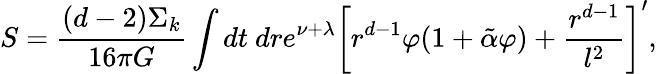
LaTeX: S=\frac{(d-2)\Sigma_{k}}{16\pi G}\int dt\ dre^{\nu+\lambda}\left[r^{d-1}\varphi(1+\tilde{\alpha}\varphi)+\frac{r^{d-1}}{l^{2}}\right]^{\prime},